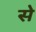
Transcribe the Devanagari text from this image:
से